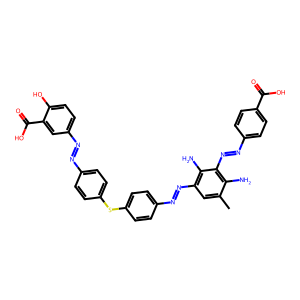
SMILES: Cc1cc(N=Nc2ccc(Sc3ccc(N=Nc4ccc(O)c(C(=O)O)c4)cc3)cc2)c(N)c(N=Nc2ccc(C(=O)O)cc2)c1N
Inhibits HIV replication: No